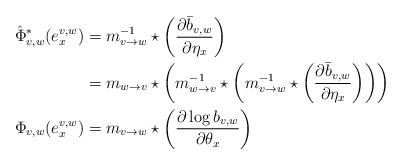
LaTeX: \begin{align*}\hat{\Phi}^*_{v,w}(e^{v,w}_x)&=m_{v\to w}^{-1} \star \left(\frac{\partial \bar{b}_{v,w}}{\partial \eta_x}\right)\\&=m_{w\to v}\star \left(m_{w\to v}^{-1}\star\left(m_{v\to w}^{-1} \star \left(\frac{\partial \bar{b}_{v,w}}{\partial \eta_x}\right)\right)\right)\\\Phi_{v,w}(e^{v,w}_x)&=m_{v\to w} \star \left(\frac{\partial \log b_{v,w}}{\partial \theta_x} \right)\end{align*}